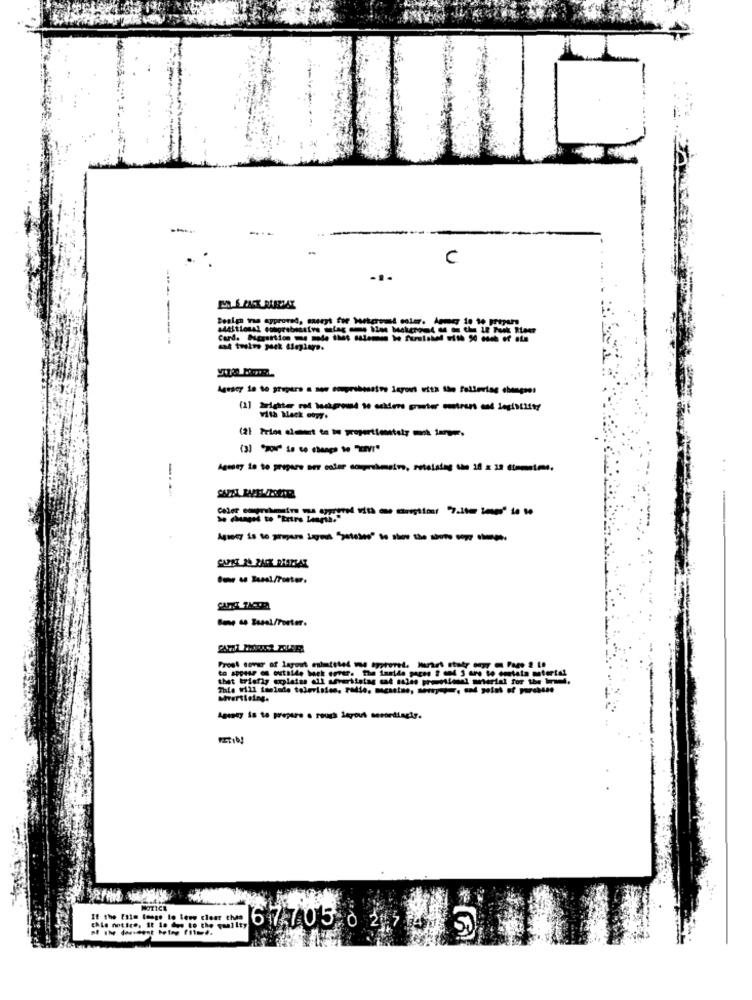
C
-------
Card. Suggestion me mode that eslemmen te furnished with 20 euch of ate
vith Mack copy.
-
that trisfly emplatss all advertistag sat sales promotionel meterial for the
Apeony is to prepare a rouch dayout accordingly.
NOTICE
If the Esim longe to leve clear chap
this notice, it la des to the quality
67.705 0 2:3